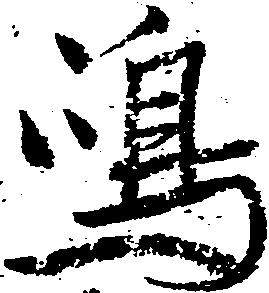
嶋